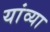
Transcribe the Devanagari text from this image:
यांव्या